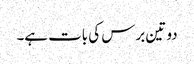
دو تین برس کی بات ہے۔